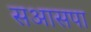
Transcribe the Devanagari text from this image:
सआसपा